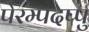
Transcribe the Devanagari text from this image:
पेरम्पदप्पु